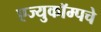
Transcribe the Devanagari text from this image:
एज्युकॉम्पचे